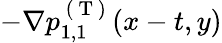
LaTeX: -\nabla p_{1,1}^{\mathrm{~(~T~)~}}(x-t,y)